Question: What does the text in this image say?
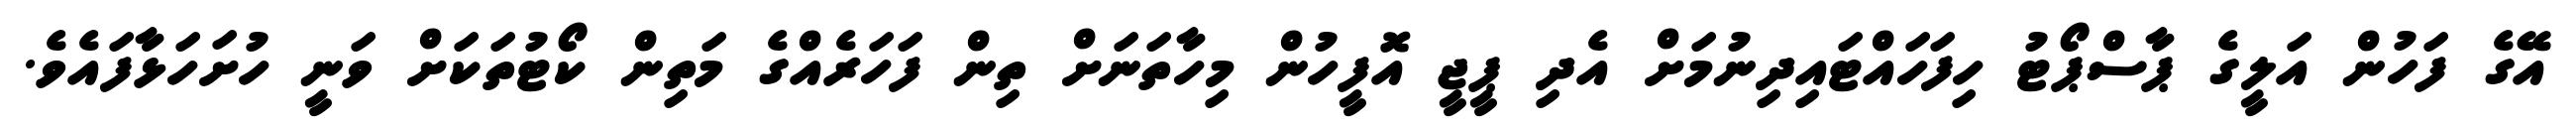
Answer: އޭގެ ފަހުން އަލީގެ ޕާސްޕޯޓު ހިފަހައްޓައިދިނުމަށް އެދި ޕީޖީ އޮފީހުން މިހާތަނަށް ތިން ފަހަރެއްގެ މަތިން ކޯޓުތަކަށް ވަނީ ހުށަހަޅާފައެވެ.